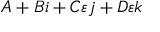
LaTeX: A + B i + C \varepsilon j + D \varepsilon k